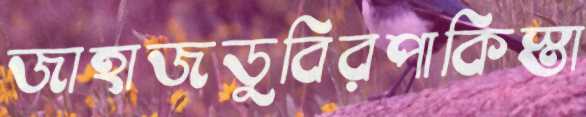
জাহাজডুবিরপাকিস্তা